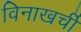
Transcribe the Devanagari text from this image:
विनाखर्ची